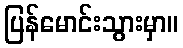
ပြန်မောင်းသွားမှာ။